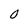
Character: 0